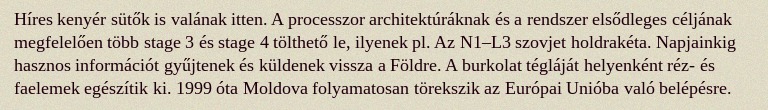
Híres kenyér sütők is valának itten. A processzor architektúráknak és a rendszer elsődleges céljának megfelelően több stage 3 és stage 4 tölthető le, ilyenek pl. Az N1–L3 szovjet holdrakéta. Napjainkig hasznos információt gyűjtenek és küldenek vissza a Földre. A burkolat tégláját helyenként réz- és faelemek egészítik ki. 1999 óta Moldova folyamatosan törekszik az Európai Unióba való belépésre.